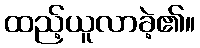
ထည့်ယူလာခဲ့၏။